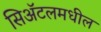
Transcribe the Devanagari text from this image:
सिॲटलमधील